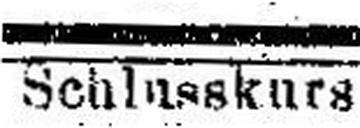
Schlusskurs